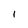
Character: l